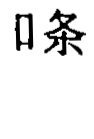
\  条